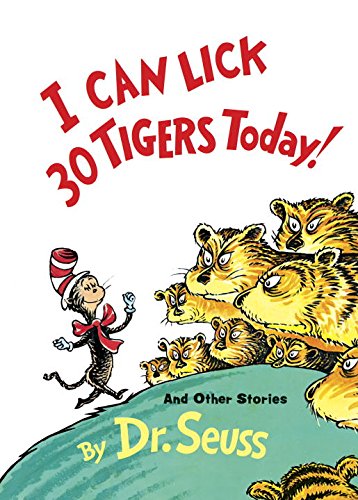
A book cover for I Can Lick 30 Tigers Today! and Other Stories (Classic Seuss); Dr. Seuss; Literature & Fiction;